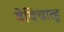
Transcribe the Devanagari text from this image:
वेविचात्हू